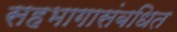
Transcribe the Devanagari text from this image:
सहभागासंबधित